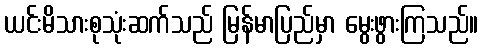
ယင်းမိသားစုသုံးဆက်သည် မြန်မာပြည်မှာ မွေးဖွားကြသည်။